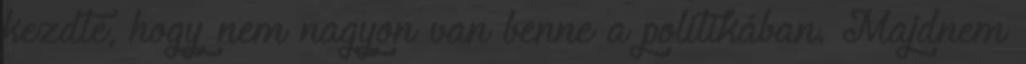
kezdte, hogy nem nagyon van benne a politikában. Majdnem